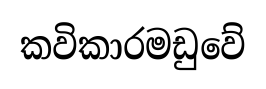
කවිකාරමඩුවේ